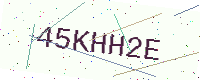
Text: 45KHH2E